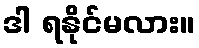
ဒါ ရနိုင်မလား။